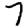
Digit: 7